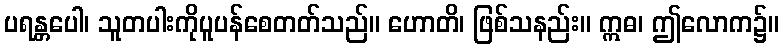
ပရန္တပေါ၊ သူတပါးကိုပူပန်စေတတ်သည်။ ဟောတိ၊ ဖြစ်သနည်း။ ဣဓ၊ ဤလောက၌။